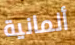
ألمانية